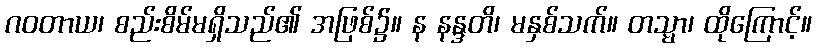
ဂဝတာယ၊ စည်းစိမ်မရှိသည်၏ အဖြစ်၌။ န နန္ဒတိ၊ မနှစ်သက်။ တသ္မာ၊ ထိုကြောင့်။